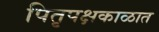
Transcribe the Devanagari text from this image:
पितृपक्षकाळात